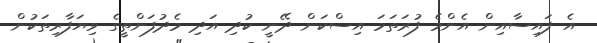
އެ ފައިސާއިން އެންމެ ފުރަތަމަ އިސްކަން ދޭނީ ކުދި އަދި މެދުފަންތީގެ ވިޔަފާރިތަކުން